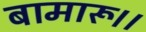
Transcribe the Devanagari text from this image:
बामारू।।